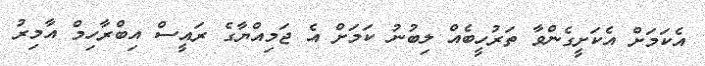
އެކަމަށް އެކަށީގެންވާ ތަރުހީބެއް ލިބުނު ކަމަށް އެ ޖަމިއްޔާގެ ރައީސް އިބްރާހިމް އާމިރު